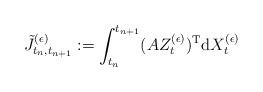
LaTeX: \begin{align*}\tilde J_{t_n,t_{n+1}}^{(\epsilon)} := \int_{t_n}^{t_{n+1}} (AZ_t^{(\epsilon)})^{\rm T} {\rm d}X_t^{(\epsilon)}\end{align*}